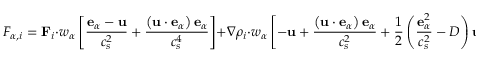
F _ { \alpha , i } = \mathbf { F } _ { i } \cdot w _ { \alpha } \left[ \frac { \mathbf { e } _ { \alpha } - \mathbf { u } } { c _ { s } ^ { 2 } } + \frac { \left( \mathbf { u } \cdot \mathbf { e } _ { \alpha } \right) \mathbf { e } _ { \alpha } } { c _ { s } ^ { 4 } } \right] + \nabla \rho _ { i } \cdot w _ { \alpha } \left[ - \mathbf { u } + \frac { \left( \mathbf { u } \cdot \mathbf { e } _ { \alpha } \right) \mathbf { e } _ { \alpha } } { c _ { s } ^ { 2 } } + \frac { 1 } { 2 } \left( \frac { \mathbf { e } _ { \alpha } ^ { 2 } } { c _ { s } ^ { 2 } } - D \right) \mathbf { u } \right] ,